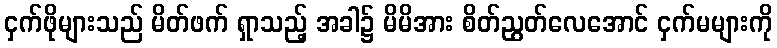
ငှက်ဖိုများသည် မိတ်ဖက် ရှာသည့် အခါ၌ မိမိအား စိတ်ညွတ်လေအောင် ငှက်မများကို